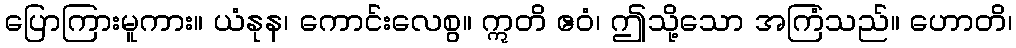
ပြောကြားမူကား။ ယံနုန၊ ကောင်းလေစွ။ ဣတိ ဧဝံ၊ ဤသို့သော အကြံသည်။ ဟောတိ၊